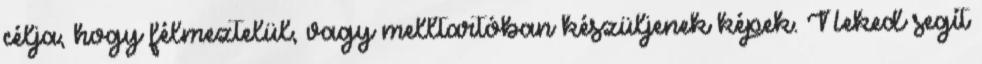
célja, hogy félmeztelül, vagy melltartóban készüljenek képek. Neked segít